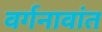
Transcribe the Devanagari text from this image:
वर्गनावांत